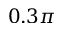
0 . 3 \pi